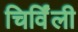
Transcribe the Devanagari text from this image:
चिर्विंली